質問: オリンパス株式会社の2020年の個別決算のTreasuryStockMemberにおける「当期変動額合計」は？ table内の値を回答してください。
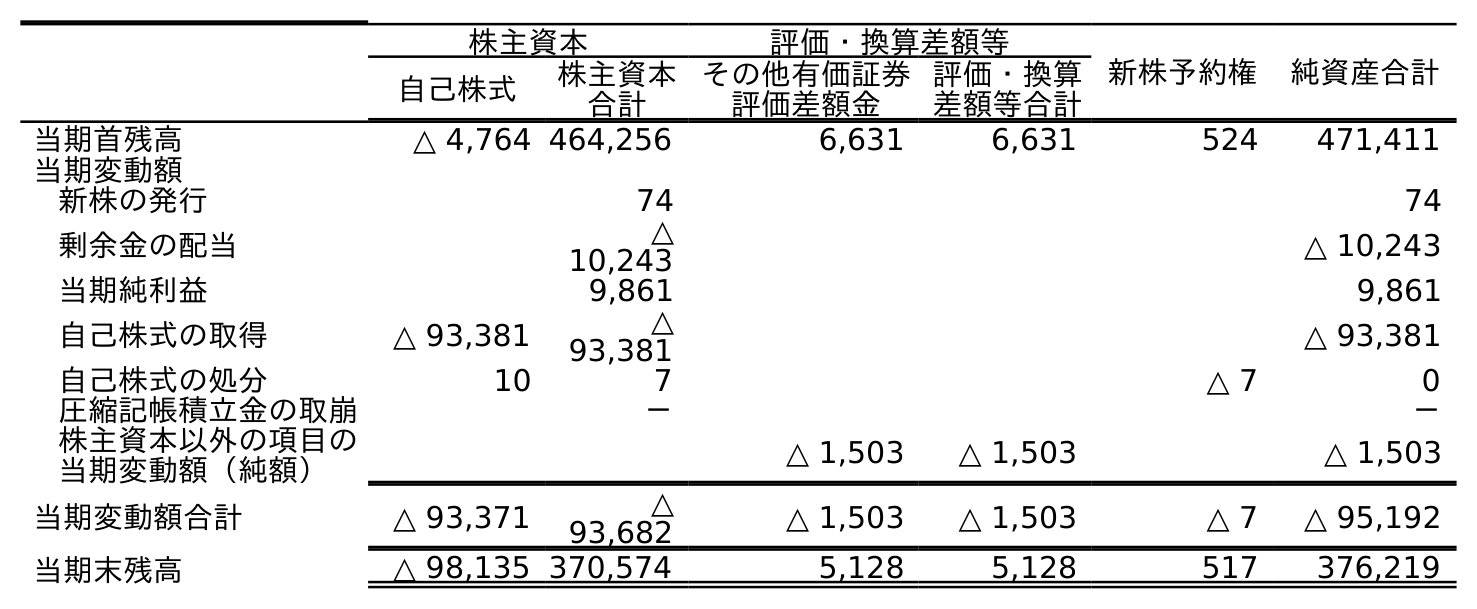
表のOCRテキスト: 株主資本 評価・換算差額等 新株予約権 純資産合計 自己株式 株主資本 合計 その他有価証券 評価差額金 評価・換算 差額等合計 当期首残高 △ 4,764 464,256 6,631 6,631 524 471,411 当期変動額 新株の発行 74 74 剰余金の配当 △ 10,243 △ 10,243 当期純利益 9,861 9,861 自己株式の取得 △ 93,381 △ 93,381 △ 93,381 自己株式の処分 10 7 △ 7 0 圧縮記帳積立金の取崩 － － 株主資本以外の項目の 当期変動額（純額） △ 1,503 △ 1,503 △ 1,503 当期変動額合計 △ 93,371 △ 93,682 △ 1,503 △ 1,503 △ 7 △ 95,192 当期末残高 △ 98,135 370,574 5,128 5,128 517 376,219
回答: △93,371